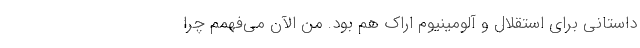
داستانی برای استقلال و آلومینیوم اراک هم بود. من الآن می‌فهمم چرا